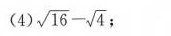
（4） \sqrt{16} - \sqrt {4} ;